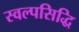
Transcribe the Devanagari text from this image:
स्वल्पसिद्धि